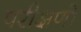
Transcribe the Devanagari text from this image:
परीक्षणो